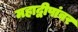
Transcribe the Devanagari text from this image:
महाद्वीपांवर